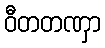
ဝီတတဏှာ